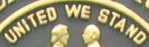
UNITED WE STAND